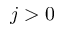
j > 0